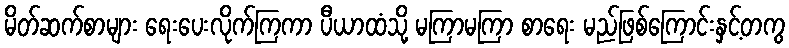
မိတ်ဆက်စာများ ရေးပေးလိုက်ကြကာ ပီယာထံသို့ မကြာမကြာ စာရေး မည်ဖြစ်ကြောင်းနှင့်တကွ